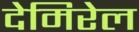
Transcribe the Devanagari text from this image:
देमिरेल